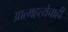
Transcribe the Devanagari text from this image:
आत्महत्येचाही